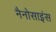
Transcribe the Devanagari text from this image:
नैनोसाइंस